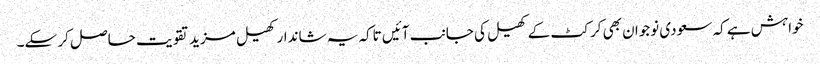
خواہش ہے کہ سعودی نوجوان بھی کرکٹ کے کھیل کی جانب آئیں تاکہ یہ شاندار کھیل مزید تقویت حاصل کر سکے۔